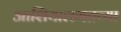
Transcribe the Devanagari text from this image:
आशियालगतच्या